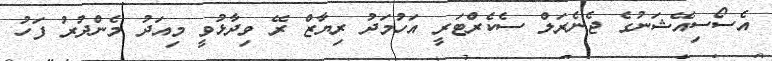
އެސޯސިއޭޝަނުގެ ޖެނެރަލް ސެކެރްޓަރީ އަހުމަދު ރިޔާޒް ރޭ ވިދާޅުވީ މިއަދު މެންދުރު ފަހު